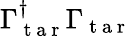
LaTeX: \Gamma_{\mathrm{~t~a~r~}}^{\dagger}\Gamma_{\mathrm{~t~a~r~}}